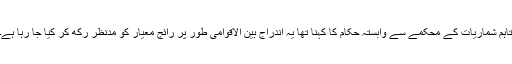
تاہم شماریات کے محکمے سے وابستہ حکام کا کہنا تھا یہ اندراج بین الاقوامی طور پر رائج معیار کو مدِنظر رکھ کر کیا جا رہا ہے۔